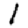
Digit: 1